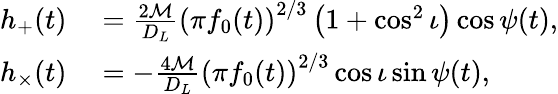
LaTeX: \begin{array}{rl}{h_{+}(t)}&{{}=\frac{2\mathcal{M}}{D_{L}}\left(\pi f_{0}(t)\right)^{2/3}\left(1+\cos^{2}\iota\right)\cos{\psi(t)},}\\ {h_{\times}(t)}&{{}=-\frac{4\mathcal{M}}{D_{L}}\left(\pi f_{0}(t)\right)^{2/3}\cos{\iota}\sin{\psi(t)},}\end{array}